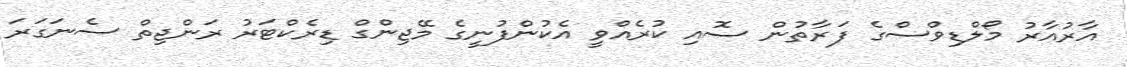
އާރުއާރު މޯލްޑިވްސްގެ ފަރާތުން ސޮއި ކުރެއްވީ އެކުންފުނީގެ މޭޖިންގް ޑިރެކްޓަރު ރަންޖިތް ސެނަގަރަ